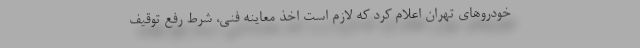
خودروهای تهران اعلام کرد که لازم است اخذ معاینه فنی، شرط رفع توقیف